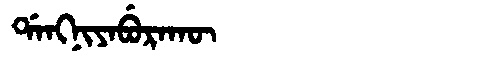
Manchu: ᡩᠠᠩᠨᡳᠶᠠᠪᡠᡵᠠᡴᡡ
Romanization: DANGNIYABURAKŪ